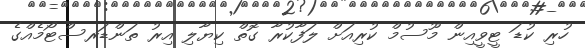
ހުރި ކުޑަ ޓީވީއިން މޫސުމް ކުރިއަށް ލަފާކުރާ ގޮތް ކިޔާލި އިރު ތަންޑަރސްޓޯމެއްގެ